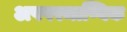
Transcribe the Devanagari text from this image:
अपपरमाण्विक